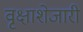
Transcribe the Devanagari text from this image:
वृक्षाशेजारी